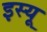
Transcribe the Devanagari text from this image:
इस्यू